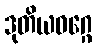
ဒုတိယဝဂ္ဂေ